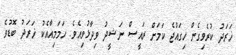
ޚަރަދު ކުރެވިގެން ހިގައްޖެ ކަމަށް ރައީސް ނަޝީދު ވިދާޅުވިއެވެ. ހަމަމިއާއެކު ޚަރަދު ބޮޑުވެ